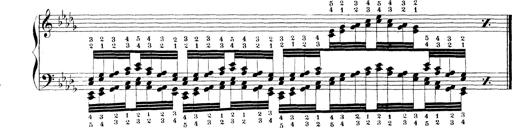
Title: Technische Studien
Composer: Franz Liszt